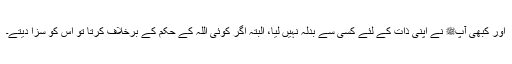
اور کبھی آپﷺ نے اپنی ذات کے لئے کسی سے بدلہ نہیں لیا، البتہ اگر کوئی اللہ کے حکم کے برخلاف کرتا تو اس کو سزا دیتے۔